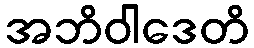
အဘိဝါဒေတိ